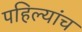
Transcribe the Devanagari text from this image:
पहिल्यांच